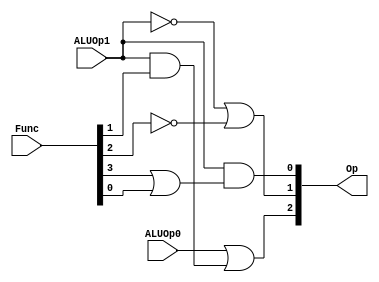
module  ALUControlUnit(Op, Func, ALUOp0, ALUOp1);
  input [5:0] Func;
  input ALUOp0, ALUOp1;
  output  [2:0] Op;
  assign  Op[0] = ALUOp1 & (Func[3] | Func[0]);
  assign  Op[1] = (~ALUOp1) | (~Func[2]);
  assign  Op[2] = ALUOp0 | (ALUOp1 & Func[1]);
endmodule

module  ALUControlTB;
  reg [5:0] F;
  reg ALUOp0, ALUOp1;
  wire  [2:0] Op;
  ALUControlUnit ACU(Op, F, ALUOp0, ALUOp1);
  initial begin
    $monitor($time, "ALUOp1 = %b, ALUOp0 = %b, Function Field = %b, Operation = %b.", ALUOp1, ALUOp0, F, Op);
    #0  ALUOp1 = 1'b0;  ALUOp0 = 1'b0; F = 6'b000000;
    #10 ALUOp1 = 1'b0;  ALUOp0 = 1'b1; F = 6'b000000;
    #10 ALUOp1 = 1'b1;  ALUOp0 = 1'b0; F = 6'b000000;
    #10 ALUOp1 = 1'b1;  ALUOp0 = 1'b0; F = 6'b000010;
    #10 ALUOp1 = 1'b1;  ALUOp0 = 1'b0; F = 6'b000100;
    #10 ALUOp1 = 1'b1;  ALUOp0 = 1'b0; F = 6'b000101;
    #10 ALUOp1 = 1'b1;  ALUOp0 = 1'b0; F = 6'b001010;
    #10 $finish;
  end
endmodule